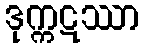
ဒုက္ကဋဿာ